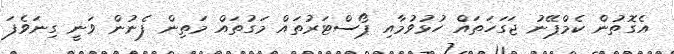
އެގޮތުން ކެމްޕޭނު ޖަގަހަތައް ހުޅުވުމާއި ޕޯސްޓަރުތައް މަގުތައް މަތިން ފެނުން ވަނީ ގިނަވެފަ